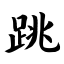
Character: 跳